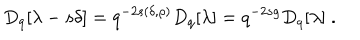
LaTeX: D _ { q } [ \lambda - s \delta ] = q ^ { - 2 s ( \delta , \rho ) } D _ { q } [ \lambda ] = q ^ { - 2 s g } D _ { q } [ \lambda ] \; .